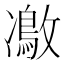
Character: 𠘜